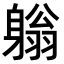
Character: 𨉳